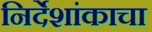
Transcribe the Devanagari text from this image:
निर्देशांकाचा